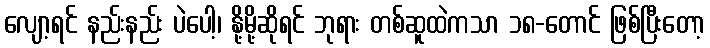
လျော့ရင် နည်းနည်း ပဲပေါ့၊ နို့မို့ဆိုရင် ဘုရား တစ်ဆူထဲကသာ ၁၈-တောင် ဖြစ်ပြီးတော့